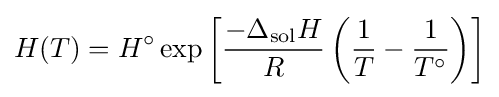
H(T)=H^{\circ }\exp \left[{\frac {-\Delta _{\text{sol}}H}{R}}\left({\frac {1}{T}}-{\frac {1}{T^{\circ }}}\right)\right]